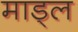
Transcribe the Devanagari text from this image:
माड्ल